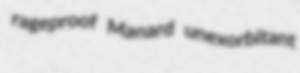
rageproof Manard unexorbitant